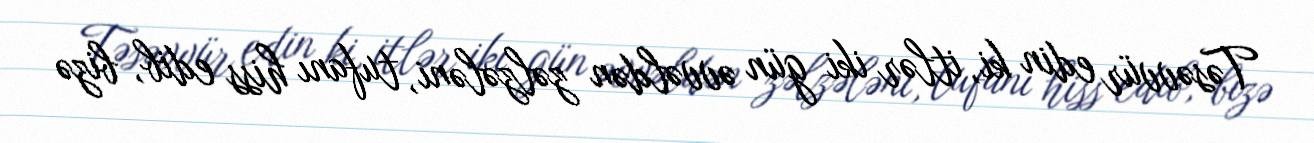
Təsəvvür edin ki, itlər iki gün əvvəldən zəlzələni, tufanı hiss edib, bizə